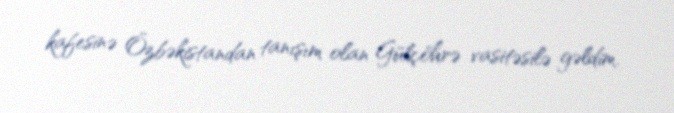
kafesinə Özbəkistandan tanışım olan Gülçöhrə vasitəsilə gəldim.